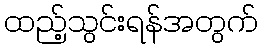
ထည့်သွင်းရန်အတွက်